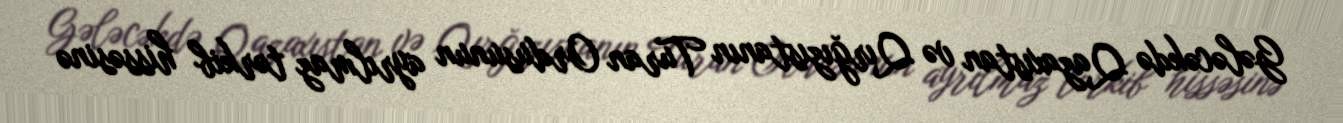
Gələcəkdə Qazaxıstan və Qırğızıstanın Turan Ordusunun ayrılmaz tərkib hissəsinə